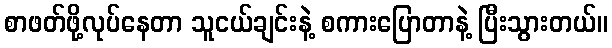
စာဖတ်ဖို့လုပ်နေတာ သူငယ်ချင်းနဲ့ စကားပြောတာနဲ့ ပြီးသွားတယ်။